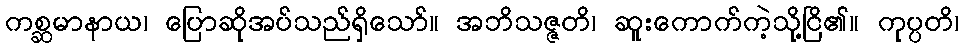
ကစ္ဆမာနာယ၊ ပြောဆိုအပ်သည်ရှိသော်။ အဘိသဇ္ဇတိ၊ ဆူးကောက်ကဲ့သို့ငြိ၏။ ကုပ္ပတိ၊